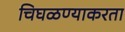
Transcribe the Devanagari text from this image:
चिघळण्याकरता